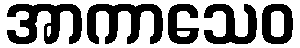
အာကာသေဝ